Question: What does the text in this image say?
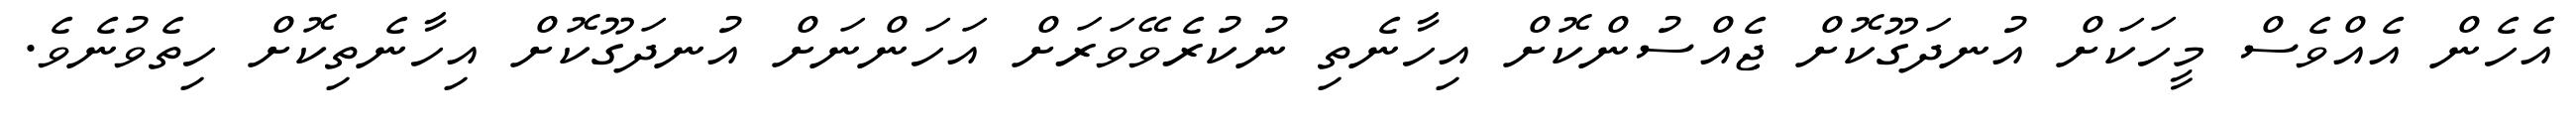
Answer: އެހެން އެއްވެސް މީހަކަށް އުނދަގޫކޮށް ޖެއްސުންކޮށް އިހާނެތި ނުކުރެވޭވަރަށް އަހަންނަށް އުނދަގޫކޮށް އިހާނެތިކޮށް ހިތެވުނެވެ.